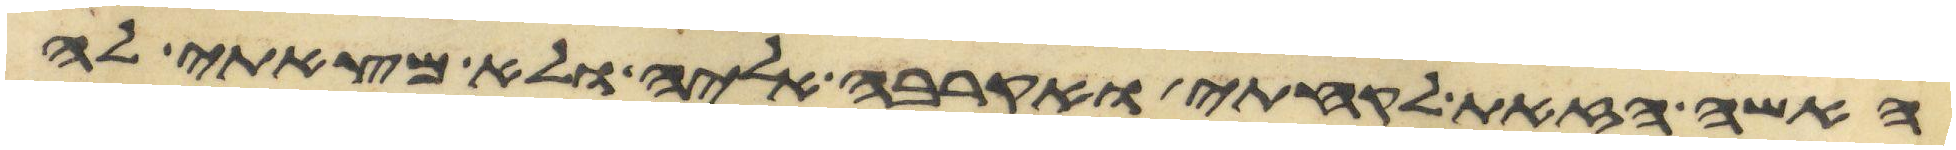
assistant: האשה הזאת לקחתי ואקרבה אליה ולא מצאתי לה